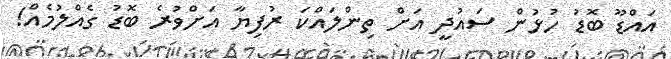
އައްޑޫ ބޮޑު ހުޅުން ސައުދީ އަށް ތިންލައްކަ ރުފިޔާ އަށްވުރެ ބޮޑު ގެއްލުމެއް!